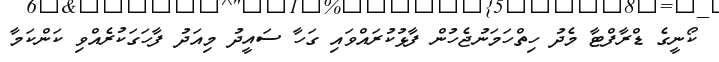
ކޯނީގެ ޑްރާފްޓާ މެދު ހިތްހަމަނުޖެހުން ފާޅުކުރައްވައި ގަހާ ސައީދު މިއަދު ފާހަގަކުރެއްވި ކަންކަމާ